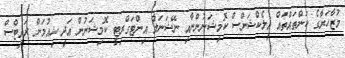
މުޒާހަރާގެ ކަންތައްތައް އިލެކްޝަންސް ކޮމިޝަނުންނާއި ނޭޝަނަލް އިންޓަގްރިޓީ ކޮމިޝަނުން އަދި ހިއުމަން ރައިޓްސް